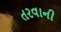
તરવાની